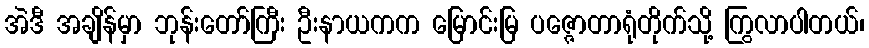
အဲဒီ အချိန်မှာ ဘုန်းတော်ကြီး ဦးနာယကက မြောင်းမြ ပဇ္ဇောတာရုံတိုက်သို့ ကြွလာပါတယ်၊